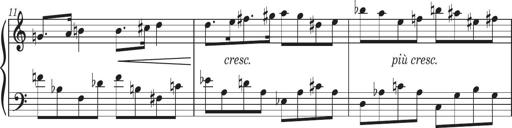
Title: Sonatine in 3 SÃ¤tzen
Composer: Gertrud Schweizer